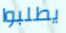
يطلبوا